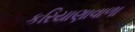
કરિયાણાવાળા